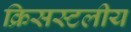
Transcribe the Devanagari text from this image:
क्रिसस्टलीय